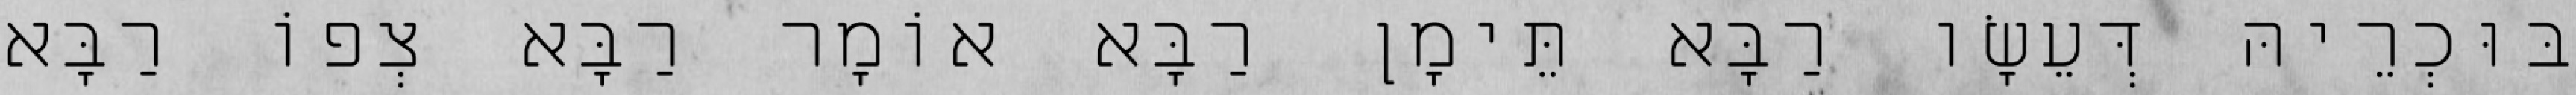
בּוּכְרֵיהּ דְּעֵשָׂו רַבָּא תֵּימָן רַבָּא אוֹמָר רַבָּא צְפוֹ רַבָּא